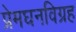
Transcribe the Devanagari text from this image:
प्रेमघनविग्रह